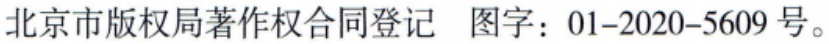
北京市版权局著作权合同登记 图字：01-2020-5609号。